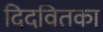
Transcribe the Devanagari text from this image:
दिदवितका